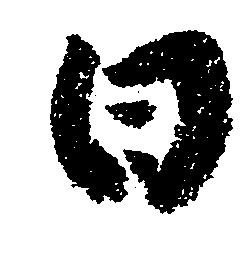
日